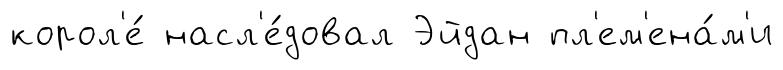
корол'е́ насл'е́довал Эйдан пл'ем'ена́м'и